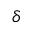
\delta